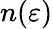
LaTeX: n(\varepsilon)